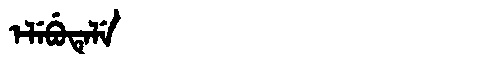
Manchu: ᡝᠯᡝᠪᡠᡨᡝᠯᡝ
Romanization: ELEBUTELE